Civil Veterinary Department. Madras. Admin. report 1926-33 - 1926-1933
Year: 1926
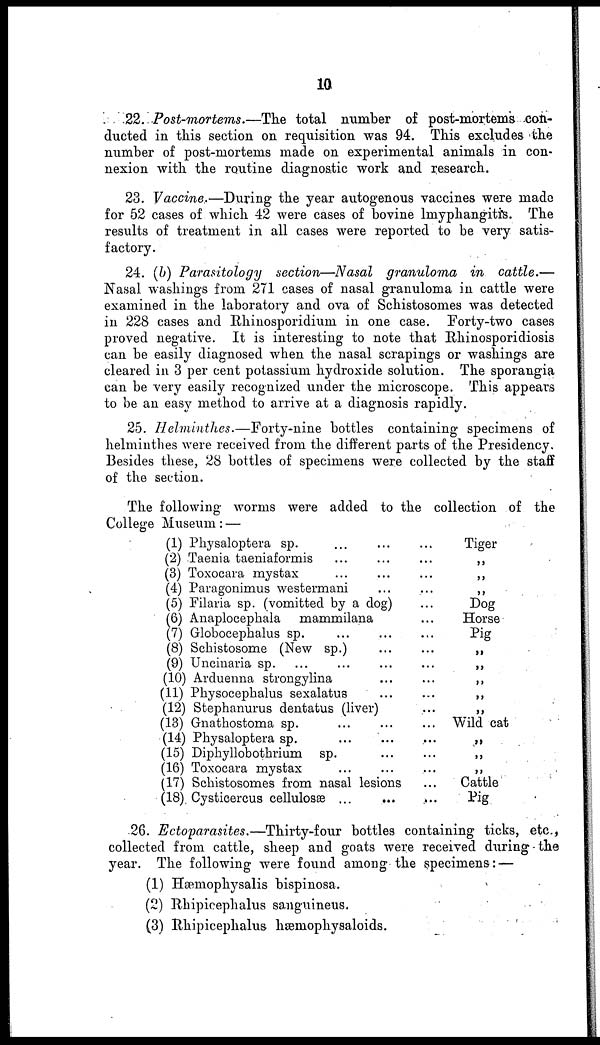
10
22. Post-mortems. — The total number of post-mortems con-
ducted in this section on requisition was 94. This excludes the
number of post-mortems made on experimental animals in con-
nexion with the routine diagnostic work and research.
23. Vaccine.—During the year autogenous vaccines were made
for 52 cases of which 42 were cases of bovine lmyphangitis. The
results of treatment in all cases were reported to be very satis-
factory.
24. (b) Parasitology section—Nasal granuloma in cattle.—
Nasal washings from 271 cases of nasal granuloma in cattle were
examined in the laboratory and ova of Schistosomes was detected
in 228 cases and Rhinosporidium in one case. Forty-two cases
proved negative. It is interesting to note that Rhinosporidiosis
can be easily diagnosed when the nasal scrapings or washings are
cleared in 3 per cent potassium hydroxide solution. The sporangia
can be very easily recognized under the microscope. This appears
to be an easy method to arrive at a diagnosis rapidly.
25. Helminthes.—Forty-nine bottles containing specimens of
helminthes were received from the different parts of the Presidency.
Besides these, 28 bottles of specimens were collected by the staff
of the section.
The following worms were added to the collection of the
College Museum :—
(1) Physaloptera sp. … … …
(2) Taenia taeniaformis … … …
(3) Toxocara mystax … … …
(4) Paragonimus westermani … …
(5) Filaria sp. (vomitted by a dog) …
(6) Anaplocephala mammilana …
(7) Globocephalus sp. … … …
(8) Schistosome (New sp.) … …
(9) Uncinaria sp. … … … … …
(10) Arduenna strongylina … …
(11) Physocephalus sexalatus … …
(12) Stephanurus dentatus (liver) …
(13) Gnathostoma sp. … … …
(14) Physaloptera sp. … … …
(15) Diphyllobothrium sp. … …
(16) Toxocara mystax … … …
(17) Schistosomes from nasal lesions …
(18) Cysticercus cellulosæ … … …
Tiger
„
„
„
Dog
Horse
Pig
„
„
„
„
„
Wild cat
„
„
„
Cattle
Pig
26. Ectoparasites.—Thirty-four bottles containing ticks, etc.,
collected from cattle, sheep and goats were received during the
year. The following were found among the specimens:—
(1) Hæmophysalis bispinosa.
(2) Rhipicephalus sanguineus.
(3) Rhipicephalus hæmophysaloids.